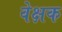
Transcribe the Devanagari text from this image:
वेक्षक